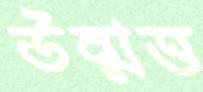
উন্মত্ত